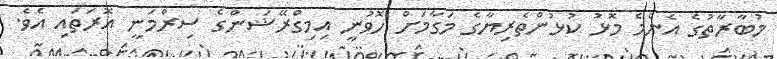
މުބާރާތުގެ އެންމެ މޮޅު ކުޅުންތެރިޔާގެ މަގާމަށް ހޮވުނީ އިމިގްރޭޝަންގެ ސިރްމަނީ އޮރަތައި އެވެ.